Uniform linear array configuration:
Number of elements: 16
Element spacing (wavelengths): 0.25
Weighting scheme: hann
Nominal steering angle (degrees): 15
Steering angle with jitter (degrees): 13.315
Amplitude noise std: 0.05
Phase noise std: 0.05

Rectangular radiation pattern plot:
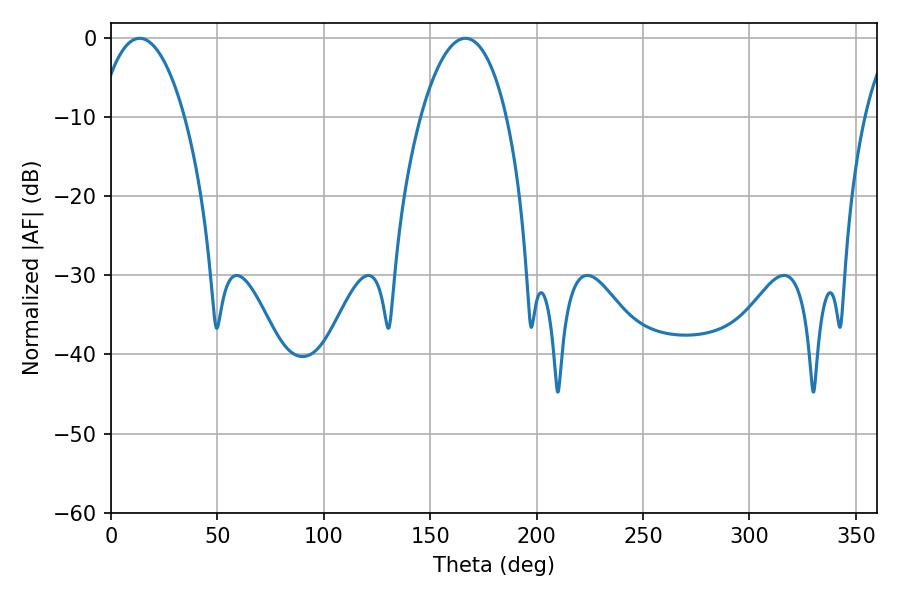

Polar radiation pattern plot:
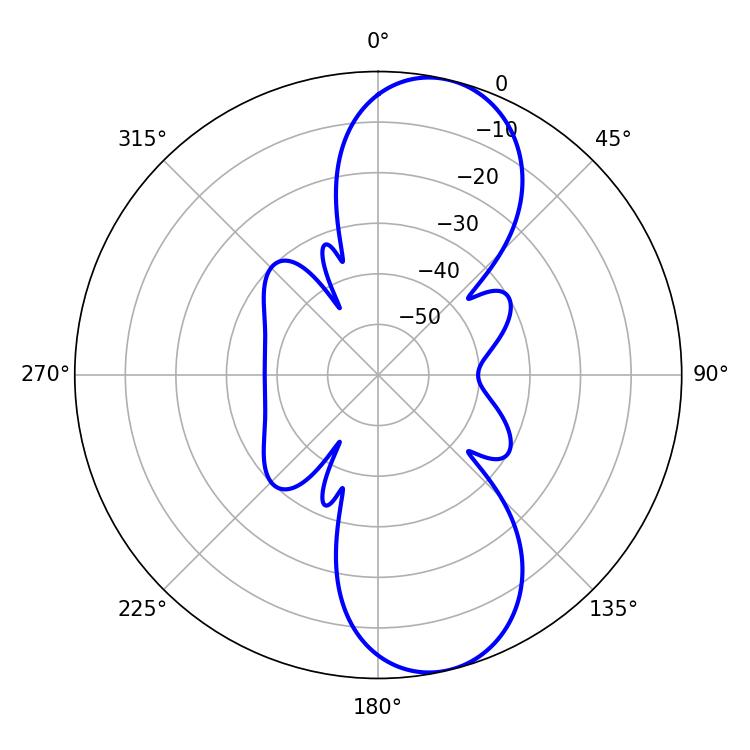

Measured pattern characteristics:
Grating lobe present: FALSE
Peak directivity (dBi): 10.014
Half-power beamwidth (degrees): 22.5
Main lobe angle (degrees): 13.5